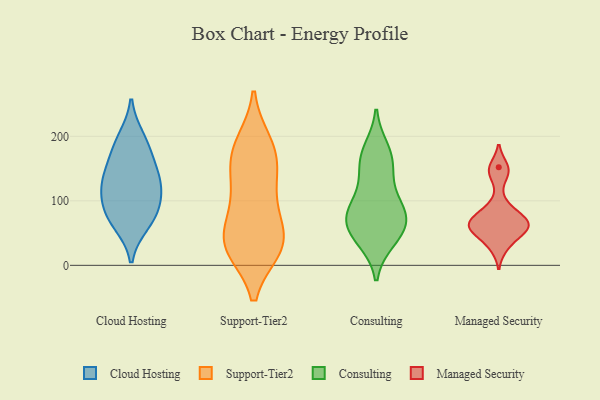
{"axis": {"x": "Population (Million)", "y": "Value"}, "legend": ["Cloud Hosting", "Consulting", "Managed Security", "Support-Tier2"], "data": [{"x": "", "y": 158, "type": "Cloud Hosting"}, {"x": "", "y": 65, "type": "Cloud Hosting"}, {"x": "", "y": 75, "type": "Cloud Hosting"}, {"x": "", "y": 197, "type": "Cloud Hosting"}, {"x": "", "y": 121, "type": "Cloud Hosting"}, {"x": "", "y": 130, "type": "Cloud Hosting"}, {"x": "", "y": 183, "type": "Cloud Hosting"}, {"x": "", "y": 82, "type": "Cloud Hosting"}, {"x": "", "y": 134, "type": "Cloud Hosting"}, {"x": "", "y": 103, "type": "Cloud Hosting"}, {"x": "", "y": 177, "type": "Support-Tier2"}, {"x": "", "y": 156, "type": "Support-Tier2"}, {"x": "", "y": 74, "type": "Support-Tier2"}, {"x": "", "y": 26, "type": "Support-Tier2"}, {"x": "", "y": 28, "type": "Support-Tier2"}, {"x": "", "y": 118, "type": "Support-Tier2"}, {"x": "", "y": 182, "type": "Support-Tier2"}, {"x": "", "y": 52, "type": "Support-Tier2"}, {"x": "", "y": 189, "type": "Support-Tier2"}, {"x": "", "y": 27, "type": "Support-Tier2"}, {"x": "", "y": 31, "type": "Support-Tier2"}, {"x": "", "y": 33, "type": "Support-Tier2"}, {"x": "", "y": 143, "type": "Support-Tier2"}, {"x": "", "y": 96, "type": "Support-Tier2"}, {"x": "", "y": 39, "type": "Consulting"}, {"x": "", "y": 145, "type": "Consulting"}, {"x": "", "y": 66, "type": "Consulting"}, {"x": "", "y": 98, "type": "Consulting"}, {"x": "", "y": 171, "type": "Consulting"}, {"x": "", "y": 76, "type": "Consulting"}, {"x": "", "y": 55, "type": "Consulting"}, {"x": "", "y": 103, "type": "Consulting"}, {"x": "", "y": 41, "type": "Consulting"}, {"x": "", "y": 70, "type": "Consulting"}, {"x": "", "y": 179, "type": "Consulting"}, {"x": "", "y": 156, "type": "Consulting"}, {"x": "", "y": 79, "type": "Consulting"}, {"x": "", "y": 57, "type": "Managed Security"}, {"x": "", "y": 49, "type": "Managed Security"}, {"x": "", "y": 70, "type": "Managed Security"}, {"x": "", "y": 69, "type": "Managed Security"}, {"x": "", "y": 68, "type": "Managed Security"}, {"x": "", "y": 58, "type": "Managed Security"}, {"x": "", "y": 92, "type": "Managed Security"}, {"x": "", "y": 29, "type": "Managed Security"}, {"x": "", "y": 142, "type": "Managed Security"}, {"x": "", "y": 152, "type": "Managed Security"}]}